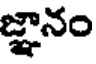
జ్ఞానం